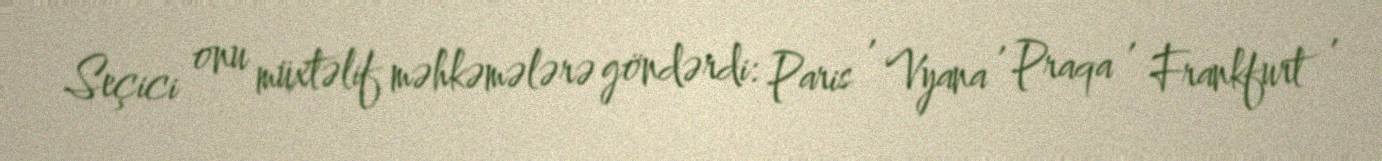
Seçici onu müxtəlif məhkəmələrə göndərdi: Paris , Vyana , Praqa , Frankfurt ,